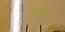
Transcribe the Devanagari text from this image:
बकबीक